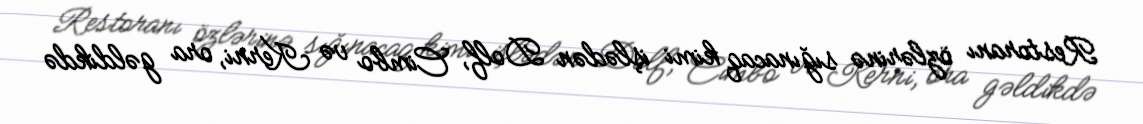
Restoranı özlərinə sığınacaq kimi işlədən Dolf, Cimbo və Kerni, ora gəldikdə